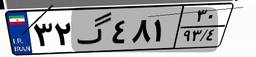
۳۲گ۴۸۱۳۰